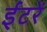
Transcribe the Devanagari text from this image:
ईंटरें